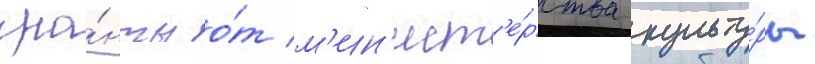
гра́нты о́т м'ин'ист'е́рства культу́ры